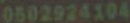
0502924104